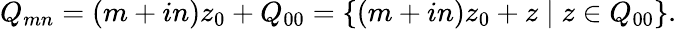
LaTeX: Q_{mn}=(m+in)z_{0}+Q_{00}=\left\{ (m+in)z_{0}+z\mid z\in Q_{00}\right\} .